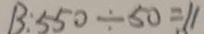
B : 5 5 0 \div 5 0 = 1 1